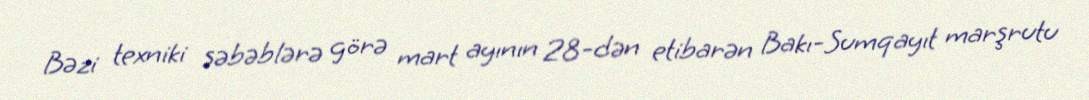
Bəzi texniki səbəblərə görə mart ayının 28-dən etibarən Bakı-Sumqayıt marşrutu